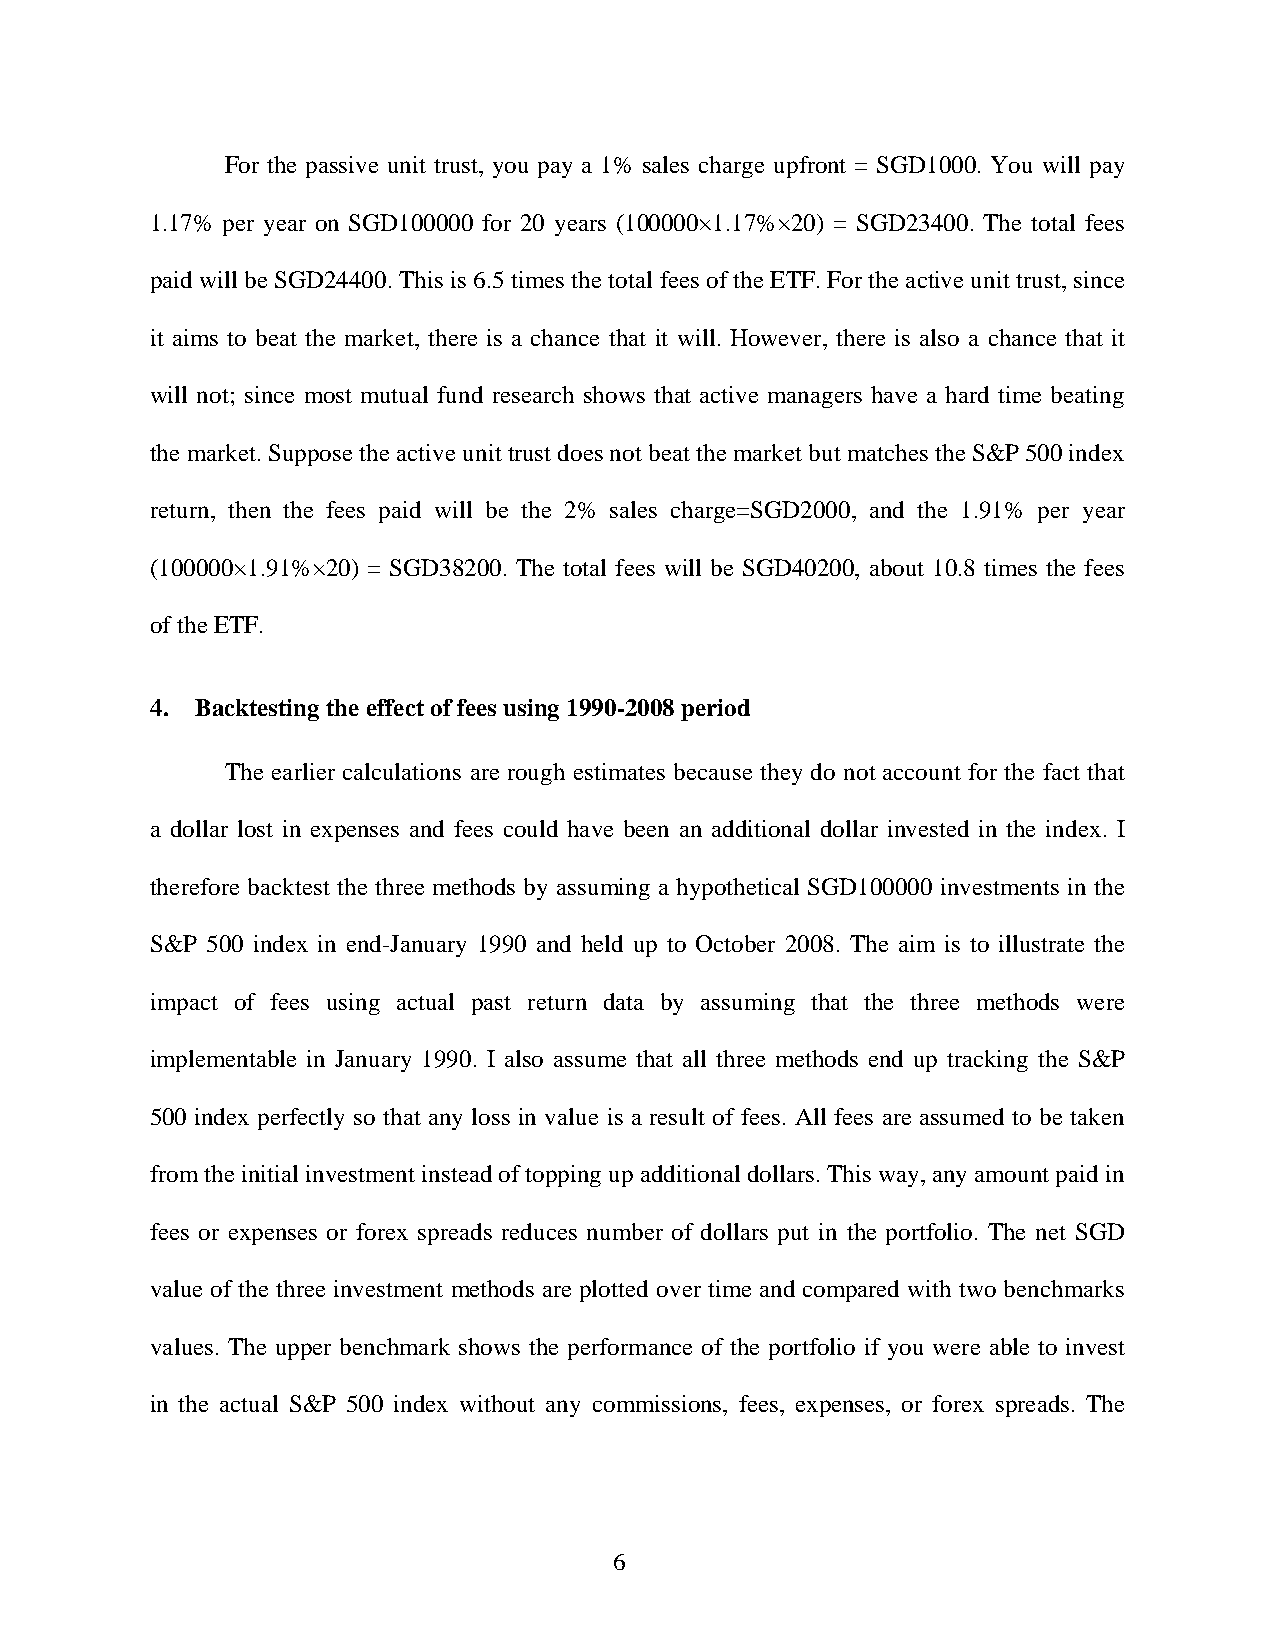
For the passive unit trust, you pay a 1% sales charge upfront = SGD1000. You will pay
 1.17% per year on SGD100000 for 20 years (100000×1.17%×20) = SGD23400. The total fees
 paid will be SGD24400. This is 6.5 times the total fees of the ETF. For the active unit trust, since
 it aims to beat the market, there is a chance that it will. However, there is also a chance that it
 will not; since most mutual fund research shows that active managers have a hard time beating
 the market. Suppose the active unit trust does not beat the market but matches the S&P 500 index
 return, then the fees paid will be the 2% sales charge=SGD2000, and the 1.91% per year
 (100000×1.91%×20) = SGD38200. The total fees will be SGD40200, about 10.8 times the fees
 of the ETF.
 4. Backtesting the effect of fees using 1990-2008 period
 The earlier calculations are rough estimates because they do not account for the fact that
 a dollar lost in expenses and fees could have been an additional dollar invested in the index. I
 therefore backtest the three methods by assuming a hypothetical SGD100000 investments in the
 S&P 500 index in end-January 1990 and held up to October 2008. The aim is to illustrate the
 impact of fees using actual past return data by assuming that the three methods were
 implementable in January 1990. I also assume that all three methods end up tracking the S&P
 500 index perfectly so that any loss in value is a result of fees. All fees are assumed to be taken
 from the initial investment instead of topping up additional dollars. This way, any amount paid in
 fees or expenses or forex spreads reduces number of dollars put in the portfolio. The net SGD
 value of the three investment methods are plotted over time and compared with two benchmarks
 values. The upper benchmark shows the performance of the portfolio if you were able to invest
 in the actual S&P 500 index without any commissions, fees, expenses, or forex spreads. The
 6